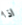
اذا